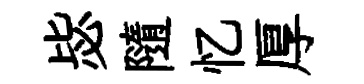
毖隨忆厚